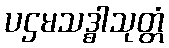
ပဌမသဒ္ဓါသုတ္တံ